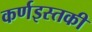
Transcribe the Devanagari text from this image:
कर्णइस्तकी